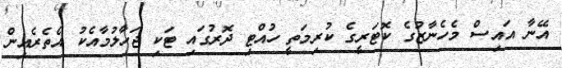
އޭނާ އައިސް މެހެނާޒުގެ ކޮޓަރީގެ ކުރިމަތީ ހުއްޓި ދޮރުގައި ޓަކި ޖަހާލުމާއެކު އެތެރެއިން